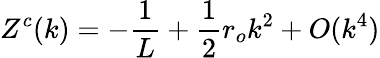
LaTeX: Z^{c}(k)=-\frac{1}{L}+\frac{1}{2}r_{o}k^{2}+O(k^{4})